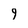
Character: 9